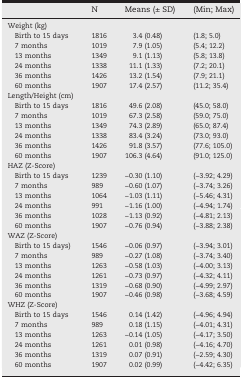
<table><thead><tr><td></td><td><b>N</b></td><td><b>Means (± SD)</b></td><td><b>(Min; Max)</b></td></tr></thead><tbody><tr><td>Weight (kg)</td><td></td><td></td><td></td></tr><tr><td> Birth to 15 days</td><td>1816</td><td>3.4 (0.48)</td><td>(1.8; 5.0)</td></tr><tr><td> 7 months</td><td>1019</td><td>7.9 (1.05)</td><td>(5.4; 12.2)</td></tr><tr><td> 13 months</td><td>1349</td><td>9.1 (1.13)</td><td>(5.8; 13.8)</td></tr><tr><td> 24 months</td><td>1338</td><td>11.1 (1.33)</td><td>(7.2; 20.1)</td></tr><tr><td> 36 months</td><td>1426</td><td>13.2 (1.54)</td><td>(7.9; 21.1)</td></tr><tr><td> 60 months</td><td>1907</td><td>17.4 (2.57)</td><td>(11.2; 35.4)</td></tr><tr><td>Length/Height (cm)</td><td></td><td></td><td></td></tr><tr><td> Birth to 15 days</td><td>1816</td><td>49.6 (2.08)</td><td>(45.0; 58.0)</td></tr><tr><td> 7 months</td><td>1019</td><td>67.3 (2.58)</td><td>(59.0; 75.0)</td></tr><tr><td> 13 months</td><td>1349</td><td>74.3 (2.89)</td><td>(65.0; 87.4)</td></tr><tr><td> 24 months</td><td>1338</td><td>83.4 (3.24)</td><td>(73.0; 93.0)</td></tr><tr><td> 36 months</td><td>1426</td><td>91.8 (3.57)</td><td>(77.6; 105.0)</td></tr><tr><td> 60 months</td><td>1907</td><td>106.3 (4.64)</td><td>(91.0; 125.0)</td></tr><tr><td>HAZ (Z-Score)</td><td></td><td></td><td></td></tr><tr><td> Birth to 15 days</td><td>1239</td><td>−0.30 (1.10)</td><td>(−3.92; 4.29)</td></tr><tr><td> 7 months</td><td>989</td><td>−0.60 (1.07)</td><td>(−3.74; 3.26)</td></tr><tr><td> 13 months</td><td>1064</td><td>−1.03 (1.11)</td><td>(−5.46; 4.31)</td></tr><tr><td> 24 months</td><td>991</td><td>−1.16 (1.00)</td><td>(−4.94; 1.74)</td></tr><tr><td> 36 months</td><td>1028</td><td>−1.13 (0.92)</td><td>(−4.81; 2.13)</td></tr><tr><td> 60 months</td><td>1907</td><td>−0.76 (0.94)</td><td>(−3.88; 2.38)</td></tr><tr><td>WAZ (Z-Score)</td><td></td><td></td><td></td></tr><tr><td> Birth to 15 days)</td><td>1546</td><td>−0.06 (0.97)</td><td>(−3.94; 3.01)</td></tr><tr><td> 7 months</td><td>989</td><td>−0.27 (1.08)</td><td>(−3.74; 3.40)</td></tr><tr><td> 13 months</td><td>1263</td><td>−0.58 (1.03)</td><td>(−4.00; 3.13)</td></tr><tr><td> 24 months</td><td>1261</td><td>−0.73 (0.97)</td><td>(−4.32; 4.11)</td></tr><tr><td> 36 months</td><td>1319</td><td>−0.68 (0.90)</td><td>(−4.99; 2.97)</td></tr><tr><td> 60 months</td><td>1907</td><td>−0.46 (0.98)</td><td>(−3.68; 4.59)</td></tr><tr><td>WHZ (Z-Score)</td><td></td><td></td><td></td></tr><tr><td> Birth to 15 days</td><td>1546</td><td>0.14 (1.42)</td><td>(−4.96; 4.94)</td></tr><tr><td> 7 months</td><td>989</td><td>0.18 (1.15)</td><td>(−4.01; 4.31)</td></tr><tr><td> 13 months</td><td>1263</td><td>−0.14 (1.05)</td><td>(−4.17; 3.50)</td></tr><tr><td> 24 months</td><td>1261</td><td>0.01 (0.98)</td><td>(−4.16; 4.70)</td></tr><tr><td> 36 months</td><td>1319</td><td>0.07 (0.91)</td><td>(−2.59; 4.30)</td></tr><tr><td> 60 months</td><td>1907</td><td>0.02 (0.99)</td><td>(−4.42; 6.35)</td></tr></tbody></table>